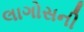
લાગોસની